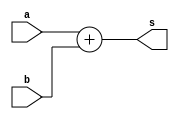
module Adder 
#(parameter n = 64,
parameter delay = 0)
(a, b , s);

	
	input [n-1:0] b;
	input [n-1:0] a ;
	wire cout;
	output [n-1:0] s;

	assign {cout, s} = a + b;
endmodule